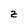
Character: z